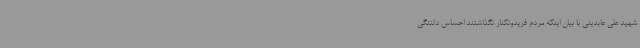
شهید علی عابدینی با بیان اینکه مردم فریدونکنار نگذاشتند احساس دلتنگی